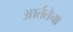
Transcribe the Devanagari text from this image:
आर्ततेचा